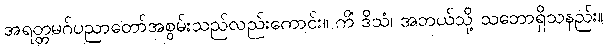
အရတ္တမဂ်ပညာတော်အစွမ်းသည်လည်းကောင်း။ ကိံ ဒိသံ၊ အဘယ်သို့ သဘောရှိသနည်း။